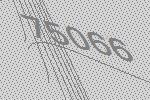
75066